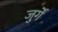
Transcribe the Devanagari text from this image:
जुर्गें